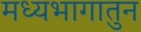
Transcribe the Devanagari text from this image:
मध्यभागातुन